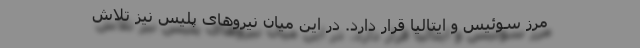
مرز سوئیس و ایتالیا قرار دارد. در این میان نیروهای پلیس نیز تلاش